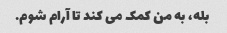
بله، به من کمک می کند تا آرام شوم.